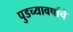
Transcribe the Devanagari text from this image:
पुडच्यावर्षाचे